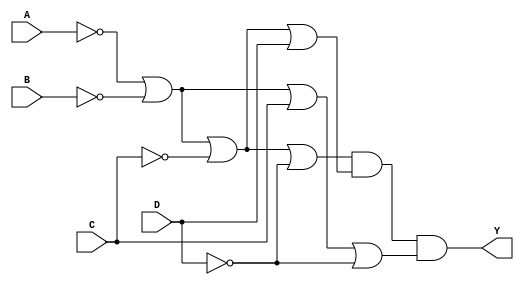
module pos_simplification (
    input wire A,
    input wire B,
    input wire C,
    input wire D,
    output wire Y
);

// Intermediate sum terms
wire sum1, sum2, sum3;

// Create sum terms based on minterms
// Example minterms for the function (for illustration)
// Assume minterms corresponding to the function are 0, 1, 2, 5, 6, 7, 8, 9, 10, 14
// This requires negation based on inputs being 1 in those minterms

// Sum term for minterm 0: (A' + B' + C' + D')
assign sum1 = ~A | ~B | ~C | ~D; // corresponds to A=0, B=0, C=0, D=0

// Sum term for minterm 1: (A' + B' + C' + D)
assign sum2 = ~A | ~B | ~C | D; // corresponds to A=0, B=0, C=0, D=1

// Sum term for minterm 2: (A' + B' + C + D')
assign sum3 = ~A | ~B | C | ~D; // corresponds to A=0, B=0, C=1, D=0

// Additional sum terms can be added based on the specific minterms of the function

// Final output Y is the AND of all sum terms
assign Y = sum1 & sum2 & sum3;

endmodule